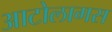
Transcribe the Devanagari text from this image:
आटोलागस